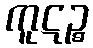
ကူဋဉ္စ